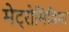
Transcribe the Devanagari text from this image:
मेट्रोमिडिया